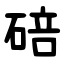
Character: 碚